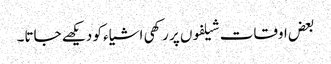
بعض اوقات شیلفوں پر رکھی اشیاء کو دیکھے جاتا۔